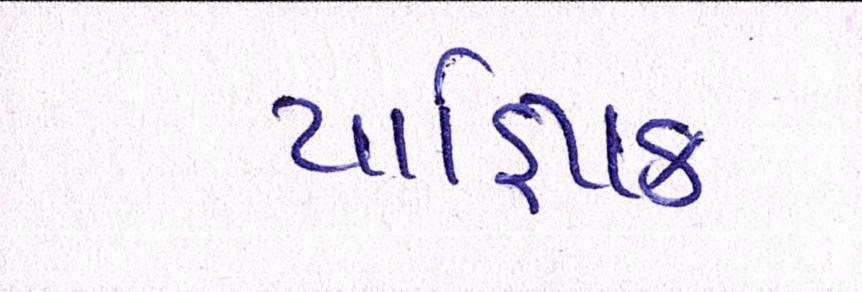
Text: યાજ્ઞિક